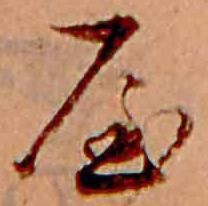
屋